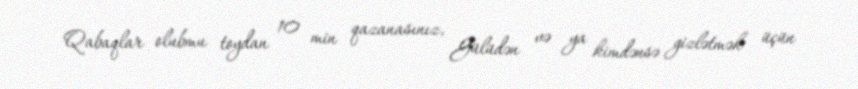
Qabaqlar olubmu toydan 10 min qazanasınız, Gülüdən və ya kimdənsə gizlətmək üçün